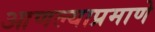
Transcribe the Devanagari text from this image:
आणल्याप्रमाणे